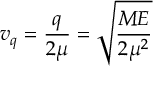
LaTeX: v _ { q } = \frac { q } { 2 \mu } = \sqrt { \frac { M E } { 2 \mu ^ { 2 } } }